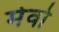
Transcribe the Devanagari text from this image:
मेवो